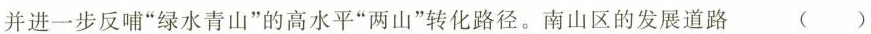
并进一步反哺”绿水青山”的高水平”两山”转化路径。南山区的发展道路 ()